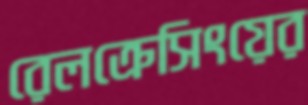
রেলক্রেসিংয়ের